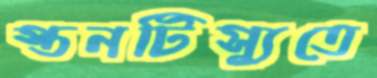
স্তনটিস্যুতে